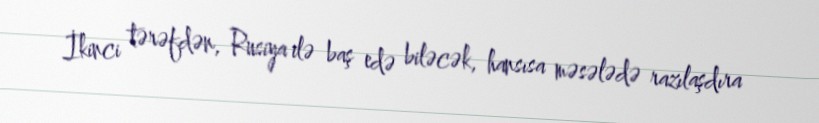
İkinci tərəfdən, Rusiya ilə baş edə biləcək, hansısa məsələdə razılaşdıra